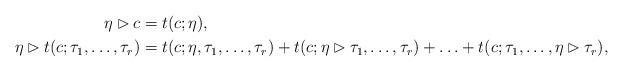
LaTeX: \begin{align*} \eta \rhd c &= t(c; \eta), \\ \eta \rhd t(c; \tau_1, \ldots, \tau_r) &= t(c; \eta, \tau_1, \ldots ,\tau_r) + t(c; \eta \rhd \tau_1 , \ldots ,\tau_r) + \ldots + t(c; \tau_1, \ldots , \eta \rhd \tau_r),\end{align*}